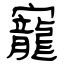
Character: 寵